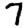
Digit: 7